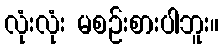
လုံးလုံး မစဉ်းစားပါဘူး။